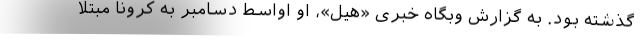
گذشته بود. به گزارش وبگاه خبری «هیل»، او اواسط دسامبر به کرونا مبتلا